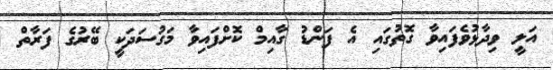
އަލީ ވިދާޅުވެފައިވާ ގޮތުގައި އެ ފަންޑު ގާއިމް ކޮށްފައިވާ މަގުސަދަކީ ބޭރުގެ ފަރާތް